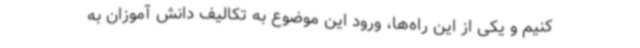
کنیم و یکی از این راه‌ها، ورود این موضوع به تکالیف دانش آموزان به